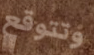
وتتوقع